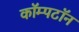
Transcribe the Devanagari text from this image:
कॉम्पटॉन